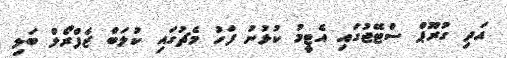
އަދި ގުރޫޕް ސްޓޭޖުގައި އެޓީމު ކުޅުނު ފަހު މެޗުގައި ކުލަބް ޒެފްރޯލް ބަލި